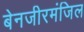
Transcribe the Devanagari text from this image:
बेनजीरमंजिल